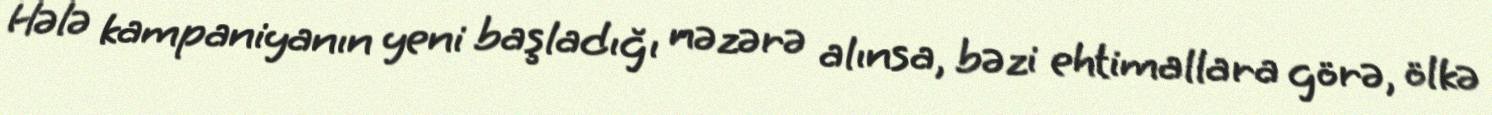
Hələ kampaniyanın yeni başladığı nəzərə alınsa, bəzi ehtimallara görə, ölkə